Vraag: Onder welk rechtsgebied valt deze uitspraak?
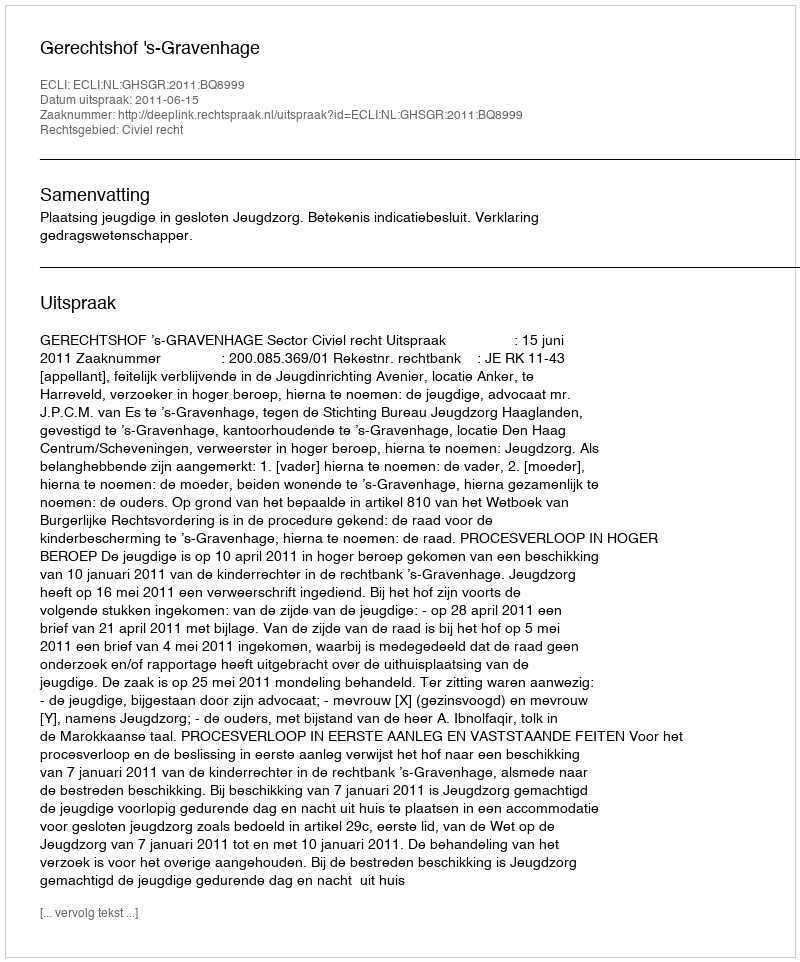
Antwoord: Civiel recht